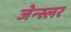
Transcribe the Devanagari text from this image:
जेन्स्लर